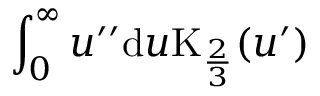
\int _ { 0 } ^ { \infty } u ^ { \prime \prime } \mathrm { d } u \mathrm { K } _ { \frac { 2 } { 3 } } ( u ^ { \prime } )